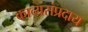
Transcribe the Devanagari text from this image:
काव्यसंप्रदाय